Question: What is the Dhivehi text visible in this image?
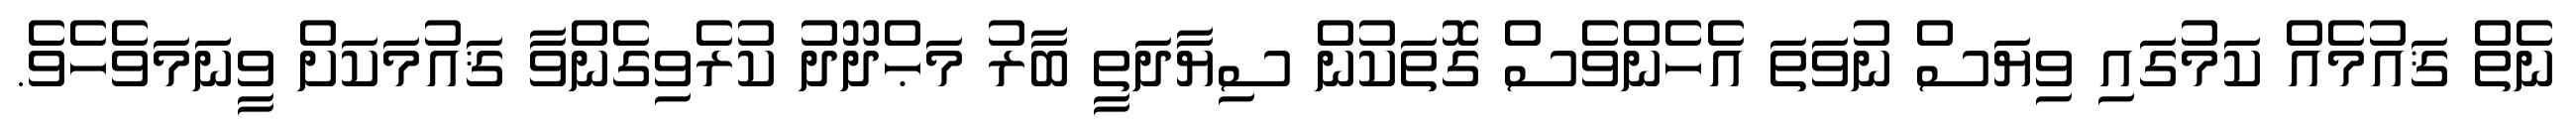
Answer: ނެތް ޤައުމެއް ކަމުގައި ވިޔަސް ނުވަތަ އެހެންވެސް ގޮތަކުން ސިޔާދަތީ ބާރު މަޙްދޫދު ކުރެވިގެންވާ ޤައުމަކަށް ވީނަމަވެހެވެ.